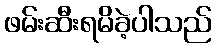
ဖမ်းဆီးရမိခဲ့ပါသည်